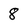
Character: 8